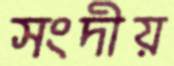
সংদীয়